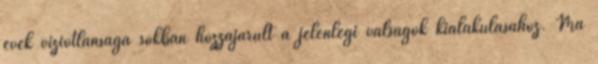
évek víziótlansága sokban hozzájárult a jelenlegi válságok kialakulásához. Ma